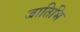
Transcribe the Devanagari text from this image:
जातिभि